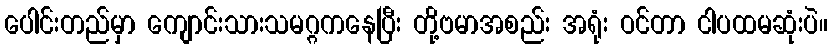
ပေါင်းတည်မှာ ကျောင်းသားသမဂ္ဂကနေပြီး တို့ဗမာအစည်း အရုံး ဝင်တာ ငါပထမဆုံးပဲ။